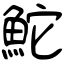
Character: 鮀